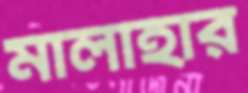
মালাহার